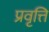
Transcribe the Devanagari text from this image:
प्रवृत्ति